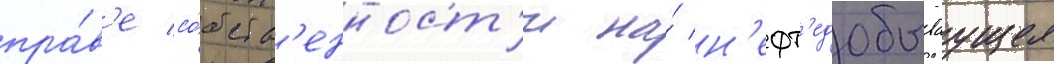
пра́в'е со́бств'енност'и на́ н'ефт'едобываущее